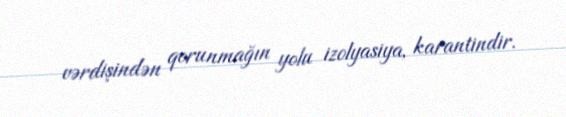
vərdişindən qorunmağın yolu izolyasiya, karantindir.